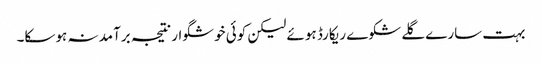
بہت سارے گلے شکوے ریکارڈ ہوئے لیکن کوئی خوشگوار نتیجہ برآمد نہ ہوسکا۔